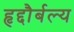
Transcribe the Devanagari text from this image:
हृद्दौर्बल्य